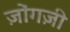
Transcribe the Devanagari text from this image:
ज़ोंगज़ी